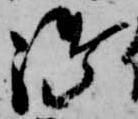
御